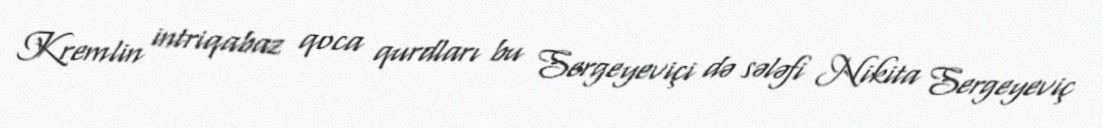
Kremlin intriqabaz qoca qurdları bu Sergeyeviçi də sələfi Nikita Sergeyeviç